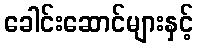
ခေါင်းဆောင်များနှင့်